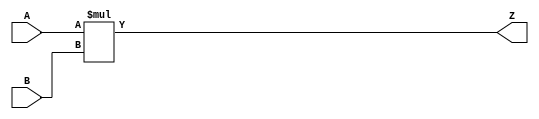
module mult_16x16 (
    input  wire [15:0] A,
    input  wire [15:0] B,
    output wire [31:0] Z
);

    assign Z = A * B;

endmodule